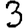
Digit: 3